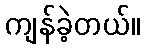
ကျန်ခဲ့တယ်။